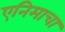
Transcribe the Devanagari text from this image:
एनिमाचा